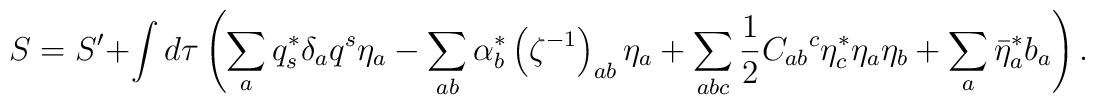
S = S' + \int d\tau \left(         \sum_a q_s^* \delta_a q^s \eta_a -         \sum_{ab}  \alpha^*_b \left(\zeta^{-1}\right)_{ab} \eta_a +         \sum_{abc} \frac{1}{2} C_{ab}{}^c \eta^*_c \eta_a\eta_b +         \sum_a \bar{\eta}^*_a b_a         \right) .